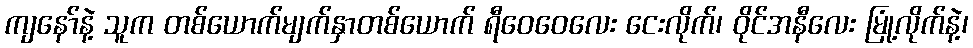
ကျနော်နဲ့ သူက တစ်ယောက်မျက်နှာတစ်ယောက် ရီဝေဝေလေး ငေးလိုက်၊ ဝိုင်အနီလေး မြုံ့လိုက်နဲ့၊